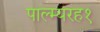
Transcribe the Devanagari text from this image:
पाल्म्यरह१